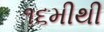
૧૬મીથી